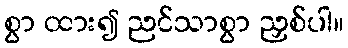
စွာ ထား၍ ညင်သာစွာ ညှစ်ပါ။